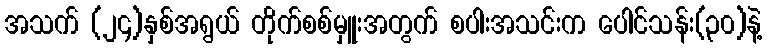
အသက် (၂၄)နှစ်အရွယ် တိုက်စစ်မှူးအတွက် စပါးအသင်းက ပေါင်သန်း(၃၀)နဲ့